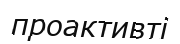
проактивті